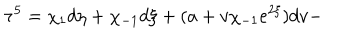
{ \bf \tau } ^ { 5 } = \chi _ { 1 } d \eta + \chi _ { - 1 } d \xi + ( a + v \chi _ { - 1 } e ^ { 2 \xi } ) d v -